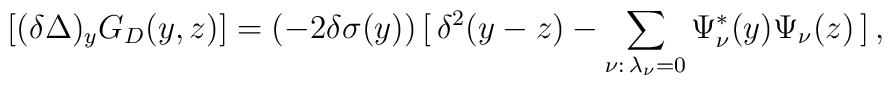
[(\delta\Delta)_y G_{D}(y,z)] = (-2\delta\sigma(y))\, [\, \delta^2 (y-z) -\sum_{\nu:\,\lambda_{\nu}=0} \Psi_{\nu}^{*}(y)\Psi_{\nu}(z)\, ] \, ,